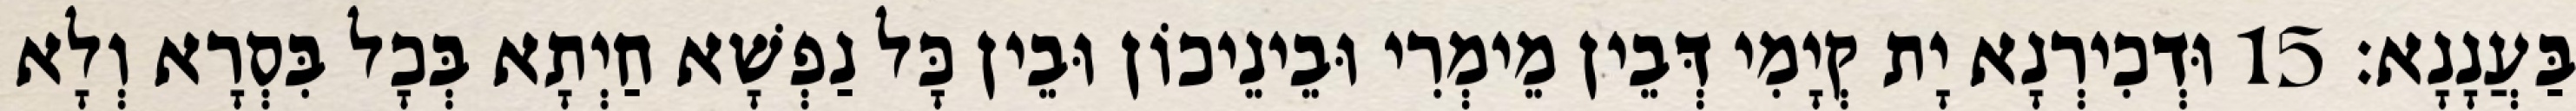
בַּעֲנָנָא׃ 15 וּדְכִירְנָא יָת קְיָמִי דְּבֵין מֵימְרִי וּבֵינֵיכוֹן וּבֵין כָּל נַפְשָׁא חַיְתָא בְּכָל בִּסְרָא וְלָא